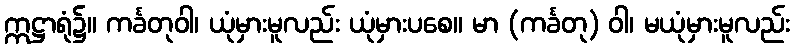
ဣဋ္ဌာရုံ၌။ ကင်္ခတုဝါ၊ ယုံမှားမူလည်း ယုံမှားပစေ။ မာ (ကင်္ခတု) ဝါ၊ မယုံမှားမူလည်း